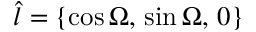
\boldsymbol { \hat { l } } = \left\{ \cos \Omega , \, \sin \Omega , \, 0 \right\}